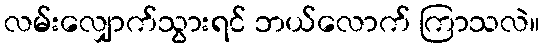
လမ်းလျှောက်သွားရင် ဘယ်လောက် ကြာသလဲ။